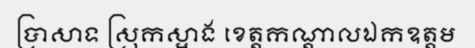
ប្រាសាទ ស្រុកស្អាង ខេត្តកណ្តាលឯកឧត្តម